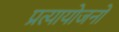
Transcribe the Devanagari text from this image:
प्रत्यायोजनों